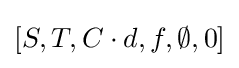
[S,T,C\cdot d,f,\emptyset ,0]